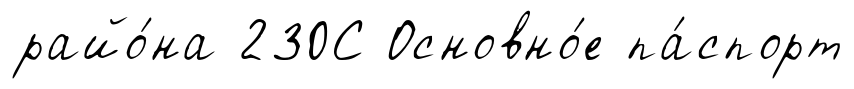
райо́на 230С Основно́е па́спорт